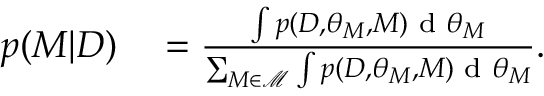
\begin{array} { r l } { p ( M | D ) } & { { } = \frac { \int p ( D , \theta _ { M } , M ) \textup { d } \theta _ { M } } { \sum _ { M \in \mathcal { M } } \int p ( D , \theta _ { M } , M ) \textup { d } \theta _ { M } } . } \end{array}